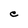
Character: e